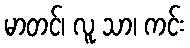
မာတင်၊ လူ သာ၊ ကင်း